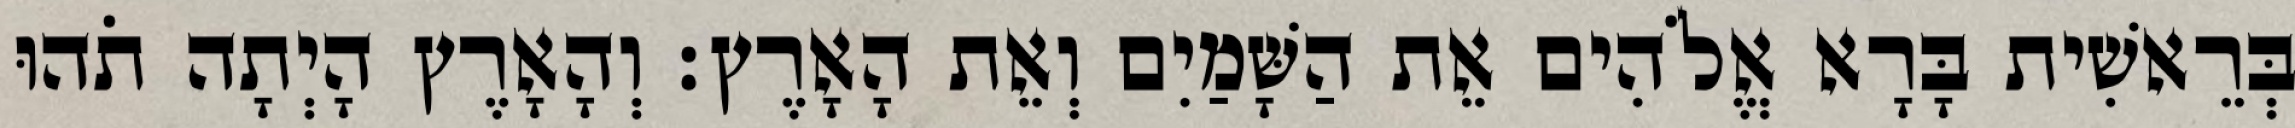
בְּרֵאשִׁית בָּרָא אֱלֹהִים אֵת הַשָּׁמַיִם וְאֵת הָאָרֶץ׃ וְהָאָרֶץ הָיְתָה תֹהוּ